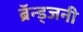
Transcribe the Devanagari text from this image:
ब्रॅन्ड्जनी